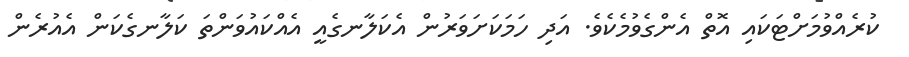
ކުރެއްވުމަށްޓަކައި އޮތް އެންގެވުމެކެވެ. އަދި ހަމަކަށަވަރުން އެކަލާނގެއީ އެއްކައުވަންތަ ކަލާނގެކަން އެއުރެން